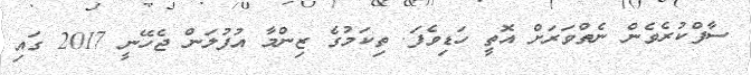
ސާފްކުރެވެން ނެތްވަރަށް އޮތީ ހަޑިވެފަ. ތިކަމުގެ ޒިންމާ އުފުލަން ޖެހޭނީ 2017 ގައި